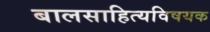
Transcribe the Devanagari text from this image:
बालसाहित्यविषयक